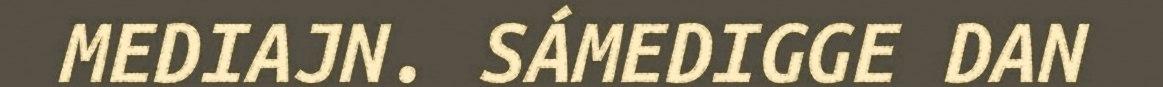
MEDIAJN. SÁMEDIGGE DAN